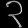
Digit: ၃